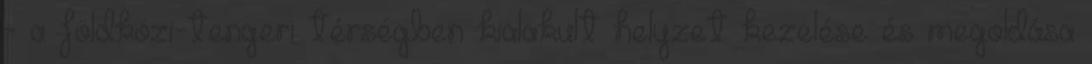
- a földközi-tengeri térségben kialakult helyzet kezelése és megoldása